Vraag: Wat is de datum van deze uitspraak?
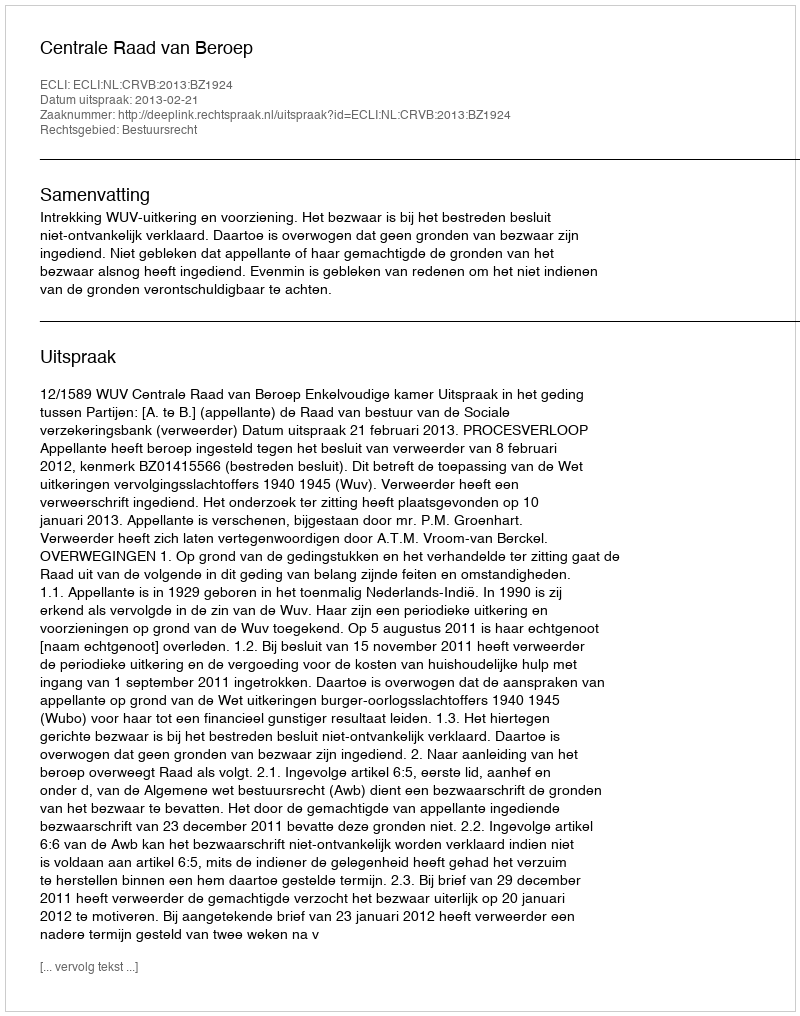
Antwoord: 2013-02-21